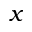
\boldsymbol { x }